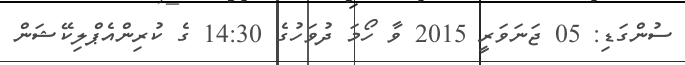
ސުންގަޑި: 05 ޖަނަވަރީ 2015 ވާ ހޯމަ ދުވަހުގެ 14:30 ގެ ކުރިންއެޕްލިކޭޝަން